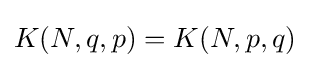
K(N,q,p)=K(N,p,q)